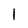
Character: l